Vaccination report Assam 1896-1927 - 1896-1927
Year: 1896
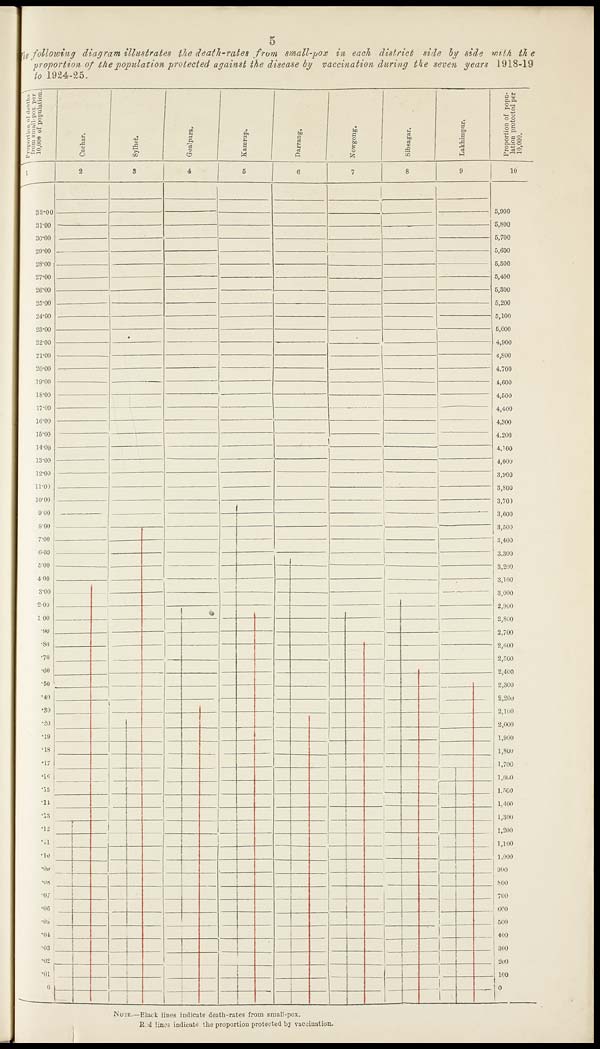
5
The following diagram illustrates the death-rates from small-pox in each district side by side with the
proportion of the population protected against the disease by vaccination during the seven years 1918-19
to 1924-25.
NOTE.—Black lines indicate death-rates from small-pox.
Red lines indicate the proportion protected by vaccination.